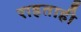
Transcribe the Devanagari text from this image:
राहताही